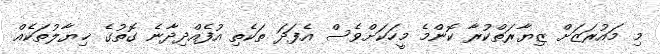
މި މައުރަޒަށް ޒިޔާރަތްކުރާ ކޮންމެ މީހަކަށްވެސް އެފަދަ ތަކެތި އުފެއްދިދާނެ ގޮތުގެ ޚިޔާލުތަކެއް